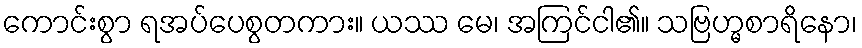
ကောင်းစွာ ရအပ်ပေစွတကား။ ယဿ မေ၊ အကြင်ငါ၏။ သဗြဟ္မစာရိနော၊